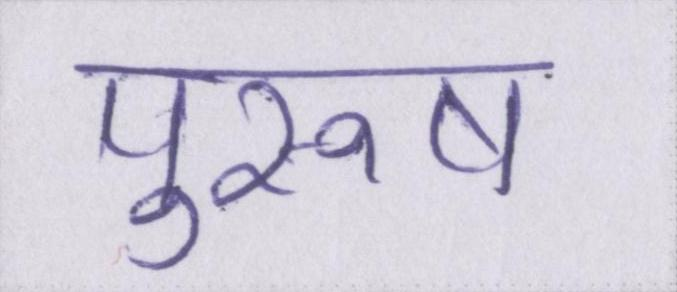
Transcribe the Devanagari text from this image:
पुरूष